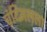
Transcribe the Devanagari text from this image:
चंदिमलला